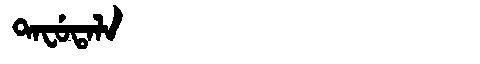
Manchu: ᡨᠠᠸᡠᡨᠠᠯᠠ
Romanization: TAFUTALA